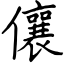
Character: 儴